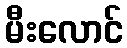
မီးလောင်